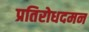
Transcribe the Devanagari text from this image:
प्रतिरोधदमन